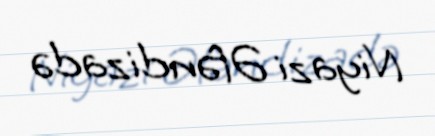
Niyazi Əfəndizadə